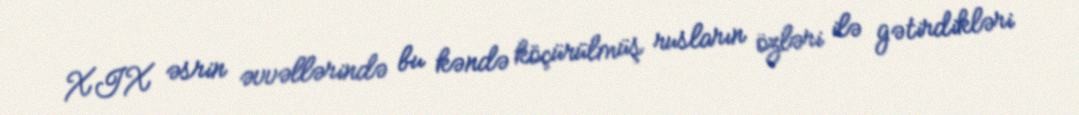
XIX əsrin əvvəllərində bu kəndə köçürülmüş rusların özləri ilə gətirdikləri